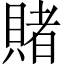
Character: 賭